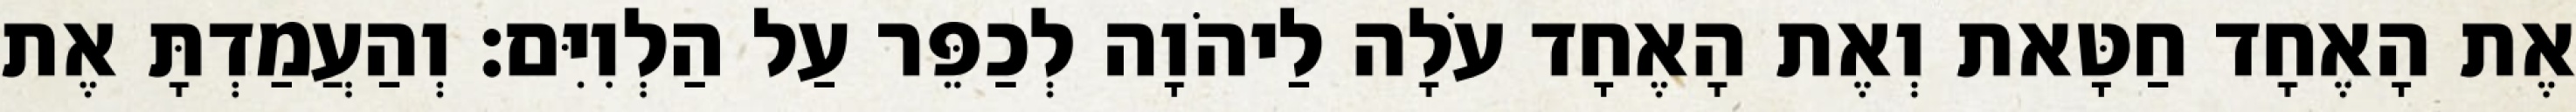
אֶת הָאֶחָד חַטָּאת וְאֶת הָאֶחָד עֹלָה לַיהֹוָה לְכַפֵּר עַל הַלְוִיִּם׃ וְהַעֲמַדְתָּ אֶת